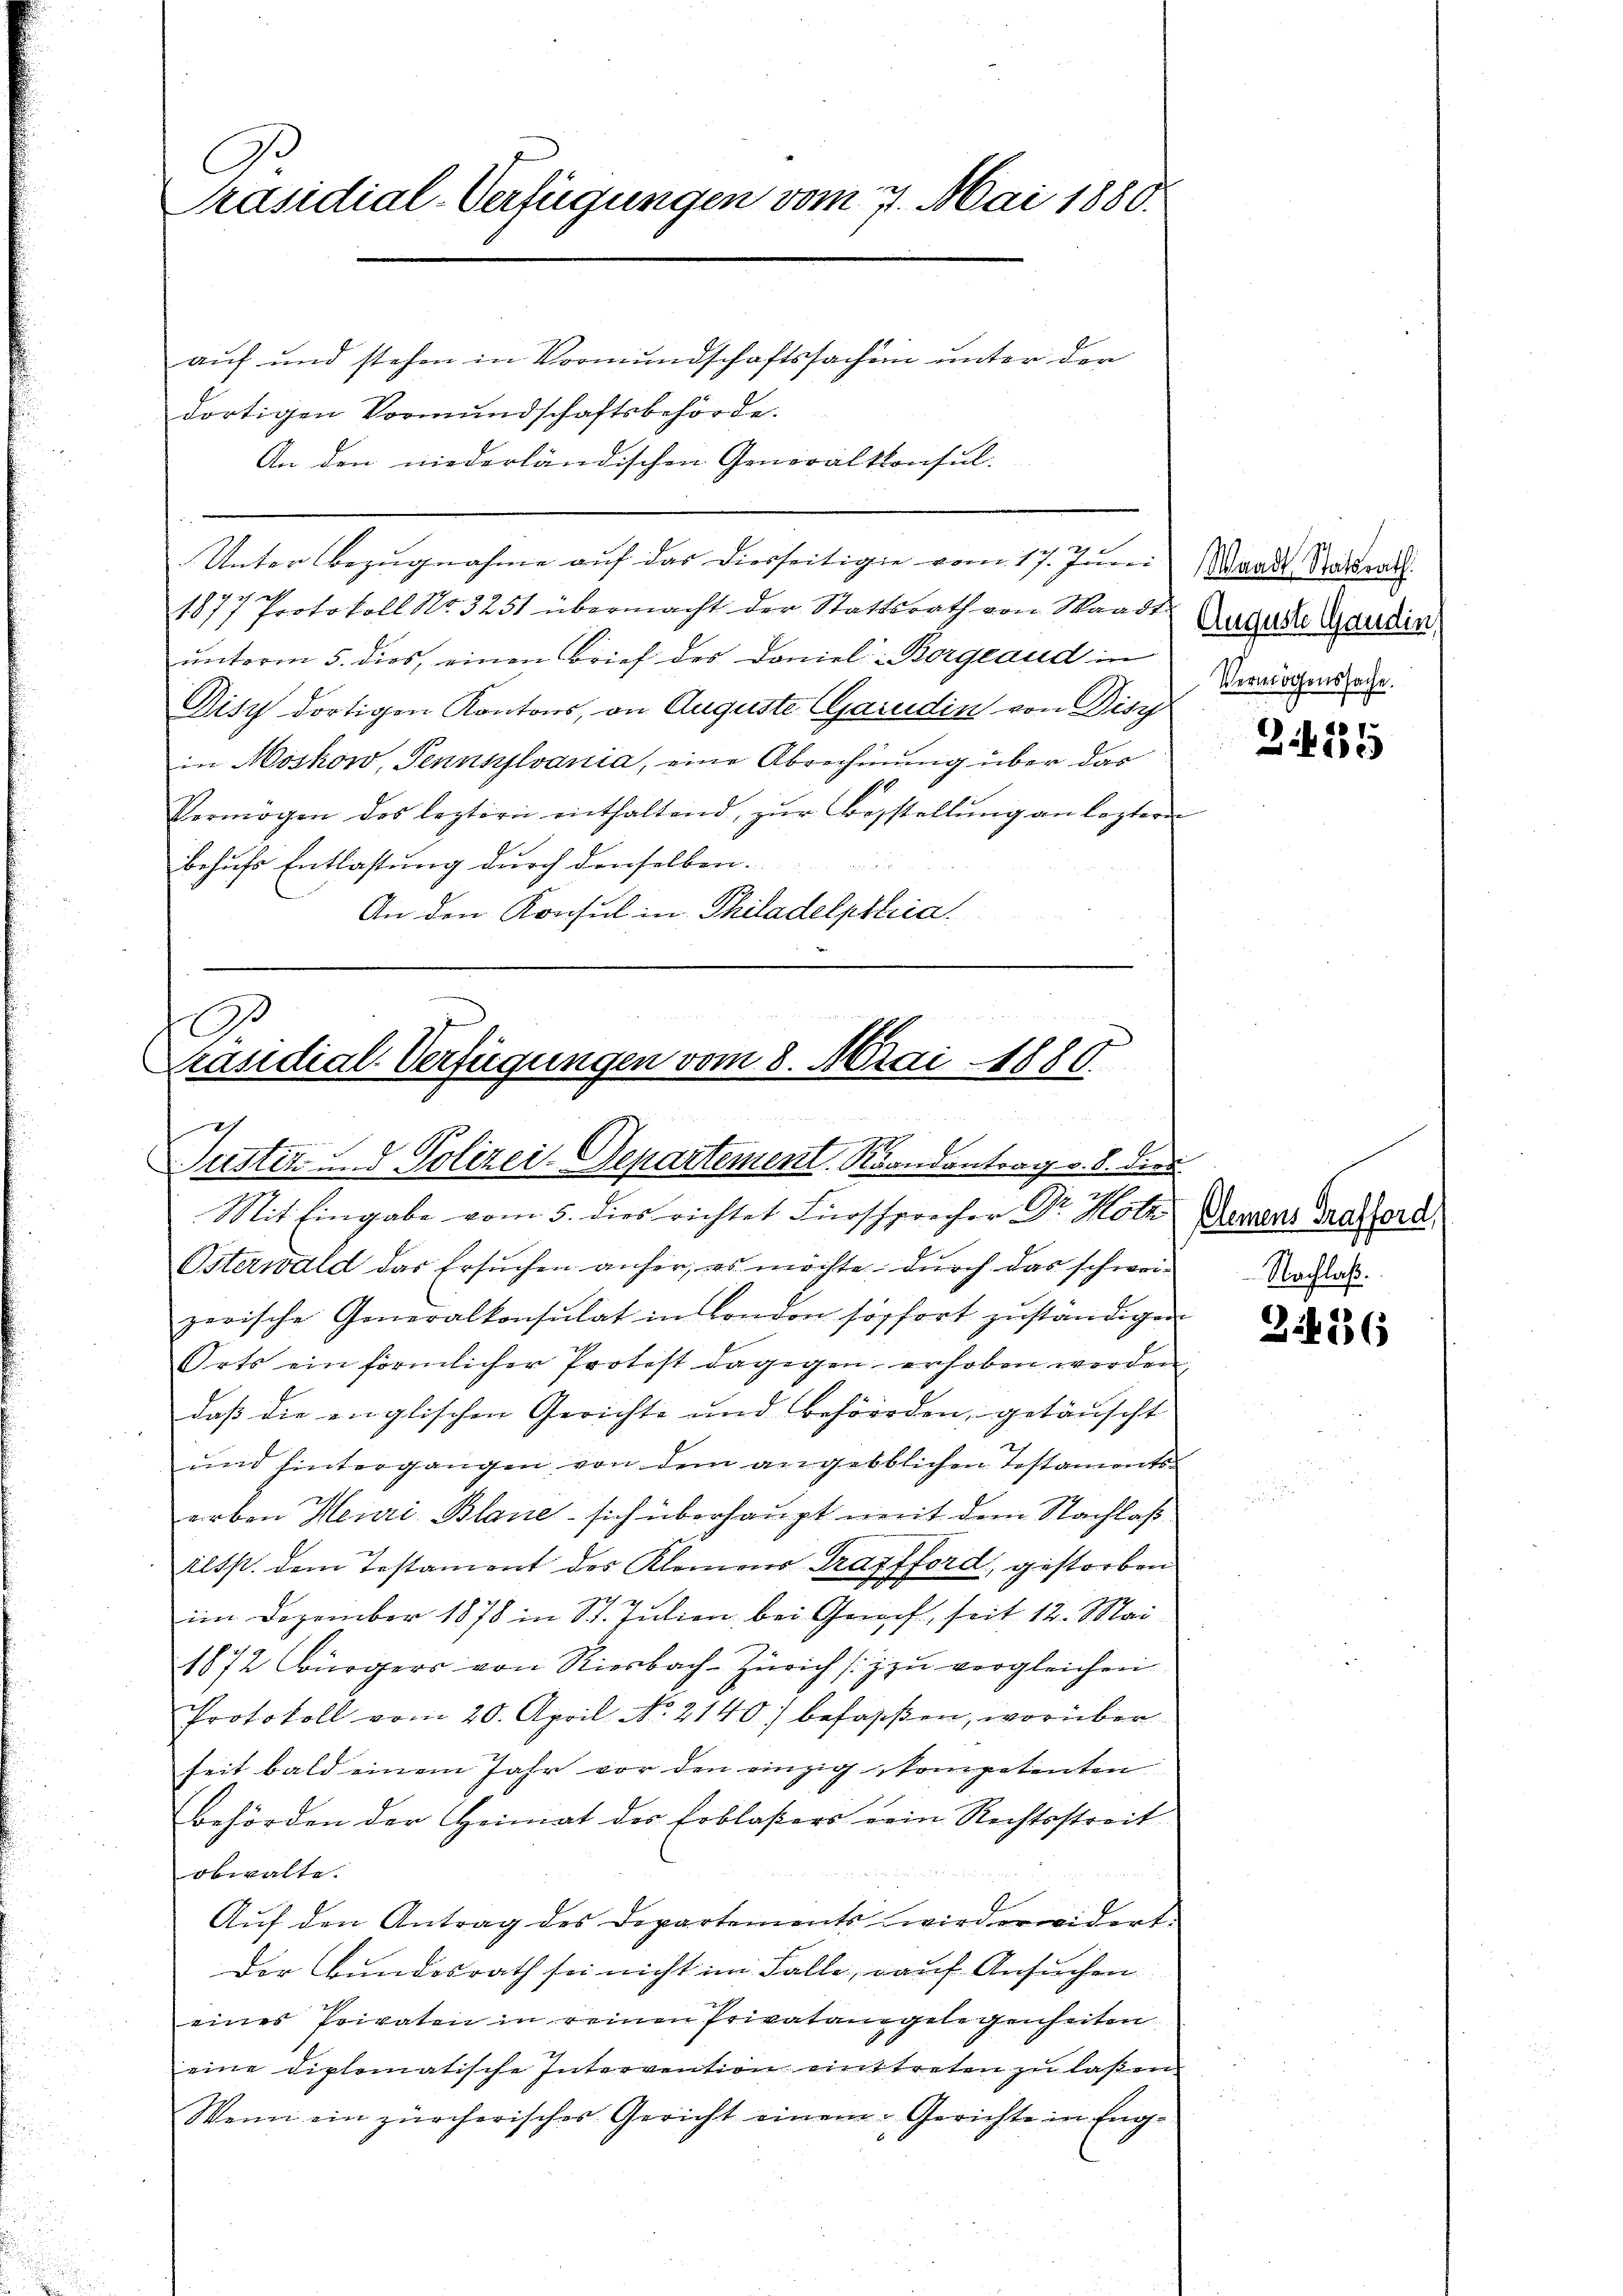
C
Präsidial-Verfügungen vom 7. Mai 1880.
auf und stehen in Vormundschaftssachen unter der
dortigen Vormundschaftsbehörde.

An den niederländischen Generalkonsul-
Unter Bezŭgnahme aŭf das diesseitige vom 17. Jŭni Waadt Stadtrath.
ich als
187/ Protokoll No. 3251 übermacht der Stattsrath von Waadt
ŭnterm 5. dies, einen Brief des Daniel Borgeaud in
Disy dortigen Kantons, an Auguste (Garudin von Disc
in Moskow, Tennsylvania, eine Abrechnung über das
Vermögen des leztern enthaltend, zŭr Bestellŭng an lezteren
behufs Entlastung durch denselben.
An den Konsul in Philadelphia

G.
Präsidial-Verfügungen vom 8. Mai 1880.
2
Justiz u. d. Polizei-Departement. Randantrag v. 8. Dien

Mit Eingabe vom 5. dies richtet Fürsprocher Dr. H
Osterwald das Ersuchen anher, es möchte durch das schweizerische Generalkonsulat in London sofort zŭständigen
Orts ein förmlicher Protest dagegen erhoben werden
daβ die englischen Gerichte und behörden, getäuscht
und hintergangen von dem angebblichen Testaments-
erben Heuri Blane - sich überhaupt mit dem Nachlaß
iltst dem Testament des Kleinens Tragfford, gestorben
im Dezember 1878 in St. Julien bei Gerich, seit 12. Mai
1872 bürgers von Riesbach Zürich zu vergleichen.
Protokoll vom 20. April No. 2140) befassen, worüber
seit bald einem Jahr vor den einzig kompetenten
Behörden der Heimat des Erblasers rein Rechtsstreit
obwalte.
Auf den Antrag des Departements wiederwidert:
Der Bundesrath sei nicht im Falle, auf Ansuchen
eines Privaten in reinen Privatangelegenheiten
eine diplomatische Intervention einttreten zu laßen
Wenn ein zürcherisches Gericht einem Gerichte in Eng-

Auguste Ganden
Vermögenssache.

2435

Elemens Grafford
Nachlaß.

3.436